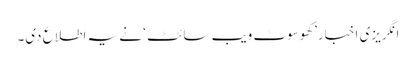
انگریزی اخبار’کھوسوٹ ویب سائٹ ‘ نے یہ اطلاع دی۔